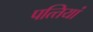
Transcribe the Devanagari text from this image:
पत्‍तियां